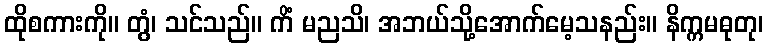
ထိုစကားကို။ တွံ၊ သင်သည်။ ကိံ မညသိ၊ အဘယ်သို့အောက်မေ့သနည်း။ နိက္ကမဓုတု၊